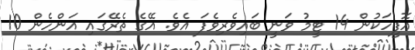
އޮފީހަކުން 14 ޓީމު ވަނީ ބައިވެރިވެފަ އެވެ. އޭގެ ތެރޭގައި އަންހެން 10